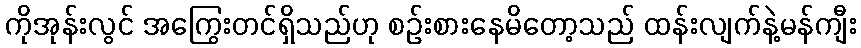
ကိုအုန်းလွင် အကြွေးတင်ရှိသည်ဟု စဉ်းစားနေမိတော့သည် ထန်းလျက်နဲ့မန်ကျီး